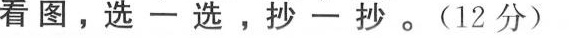
+看图，选-选，抄一抄。(12分)